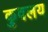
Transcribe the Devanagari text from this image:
कुवलय